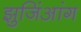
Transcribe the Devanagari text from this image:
झुजिंआंग